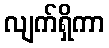
လျက်ရှိကာ